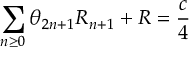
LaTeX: \sum _ { n \geq 0 } \theta _ { 2 n + 1 } R _ { n + 1 } + { \cal R } = \frac { c } { 4 }